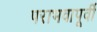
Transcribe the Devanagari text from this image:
पराभवापूर्वी